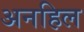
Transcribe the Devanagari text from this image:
अनहिल